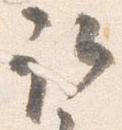
取